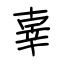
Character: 辜